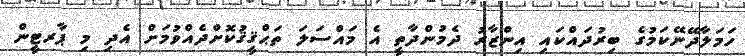
ހަމަލާދޭނޭކަމުގެ ބިރުދައްކައި އިންޒާރު ދެމުންދާތީ އެ މައްސަލަ ތަޙްޤީޤުކޮށްދެއްވުމަށް އެދި މި ޕާރޓީން